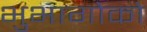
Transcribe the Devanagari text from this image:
भुभागोको